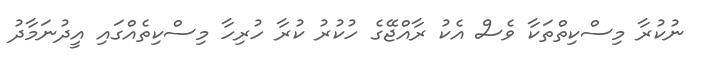
ނުކުރާ މިސްކިތްތަކާ ވެސް އެކު ރާއްޖޭގެ ހުކުރު ކުރާ ހުރިހާ މިސްކިތެއްގައި އީދުނަމާދު